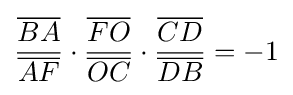
{\frac {\overline {BA}}{\overline {AF}}}\cdot {\frac {\overline {FO}}{\overline {OC}}}\cdot {\frac {\overline {CD}}{\overline {DB}}}=-1